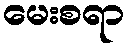
မေးစရာ